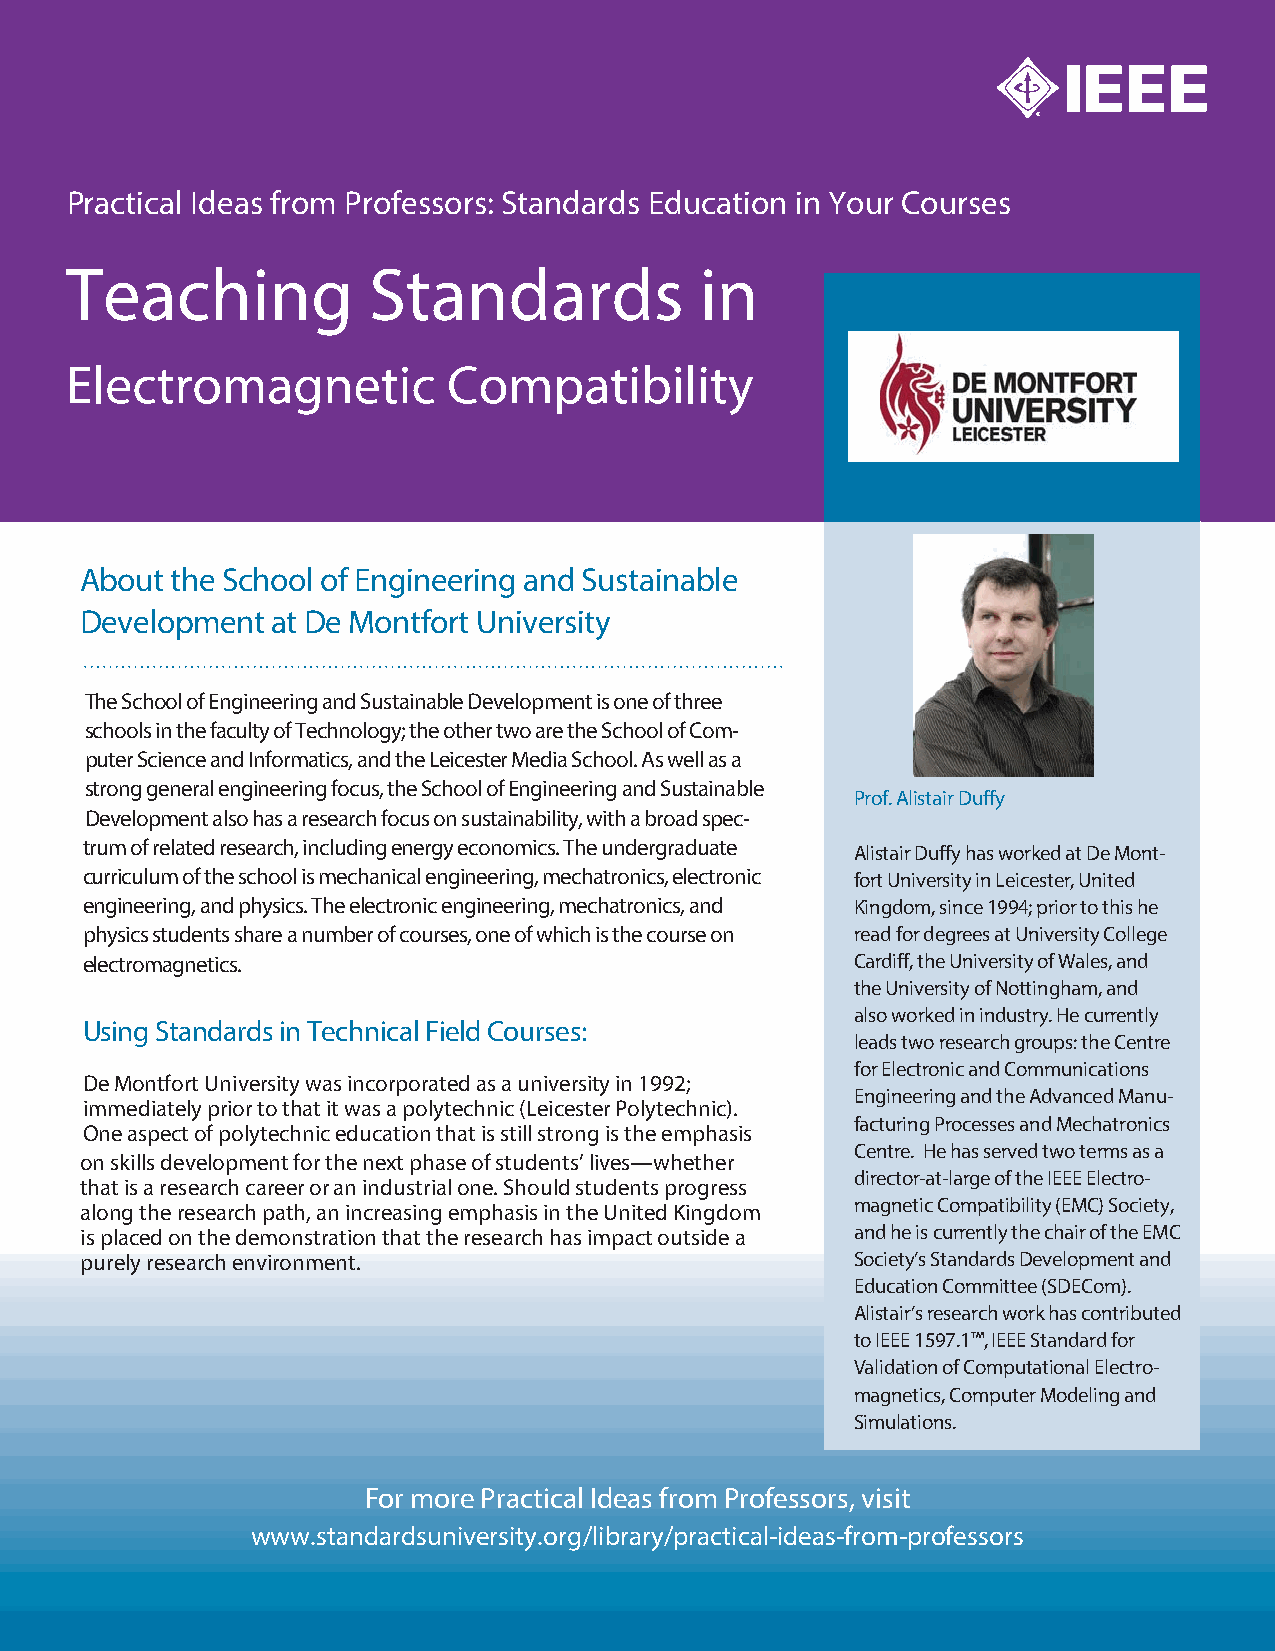
Practical Ideas from Professors: Standards Education in Your Courses
 Teaching            Standards             in
 Electromagnetic           Compatibility
 About the School of Engineering and Sustainable
 Development  at De Montfort University
 The School of Engineering and Sustainable Development is one of three
 schools in the faculty of Technology; the other two are the School of Com-
 puter Science and Informatics, and the Leicester Media School. As well as a
 strong general engineering focus, the School of Engineering and Sustainable
 Prof. Alistair Duffy
 Development also has a research focus on sustainability, with a broad spec-
 trum of related research, including energy economics. The undergraduate
 Alistair Duffy has worked at De Mont-
 curriculum of the school is mechanical engineering, mechatronics, electronic fort University in Leicester, United
 engineering, and physics. The electronic engineering, mechatronics, and Kingdom, since 1994; prior to this he
 physics students share a number of courses, one of which is the course on read for degrees at University College
 electromagnetics.                                   Cardiff, the University of Wales, and
 the University of Nottingham, and
 also worked in industry. He currently
 Using Standards in Technical Field Courses:
 leads two research groups: the Centre
 for Electronic and Communications
 De Montfort University was incorporated as a university in 1992;
 Engineering and the Advanced Manu-
 immediately prior to that it was a polytechnic (Leicester Polytechnic).
 facturing Processes and Mechatronics
 One aspect of polytechnic education that is still strong is the emphasis
 Centre. He has served two terms as a
 on skills development for the next phase of students’ lives—whether
 director-at-large of the IEEE Electro-
 that is a research career or an industrial one. Should students progress
 magnetic Compatibility (EMC) Society,
 along the research path, an increasing emphasis in the United Kingdom
 is placed on the demonstration that the research has impact outside a and he is currently the chair of the EMC
 purely research environment.                        Society’s Standards Development and
 Education Committee (SDECom).
 Alistair’s research work has contributed
 to IEEE 1597.1™, IEEE Standard for
 Validation of Computational Electro-
 magnetics, Computer Modeling and
 Simulations.
 For more Practical Ideas from Professors, visit
 www.standardsuniversity.org/library/practical-ideas-from-professors